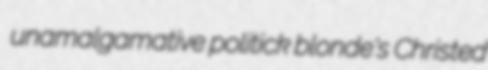
unamalgamative politick blonde's Christed